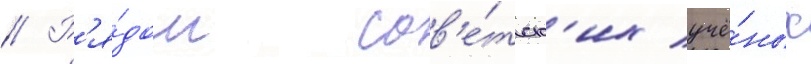
// Р'я́дом сов'е́тск'их учё́ных